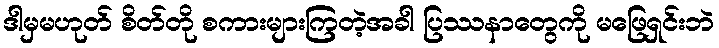
ဒါမှမဟုတ် စိတ်တို စကားများကြတဲ့အခါ ပြဿနာတွေကို မဖြေရှင်းဘဲ